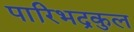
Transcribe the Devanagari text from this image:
पारिभद्रकुल